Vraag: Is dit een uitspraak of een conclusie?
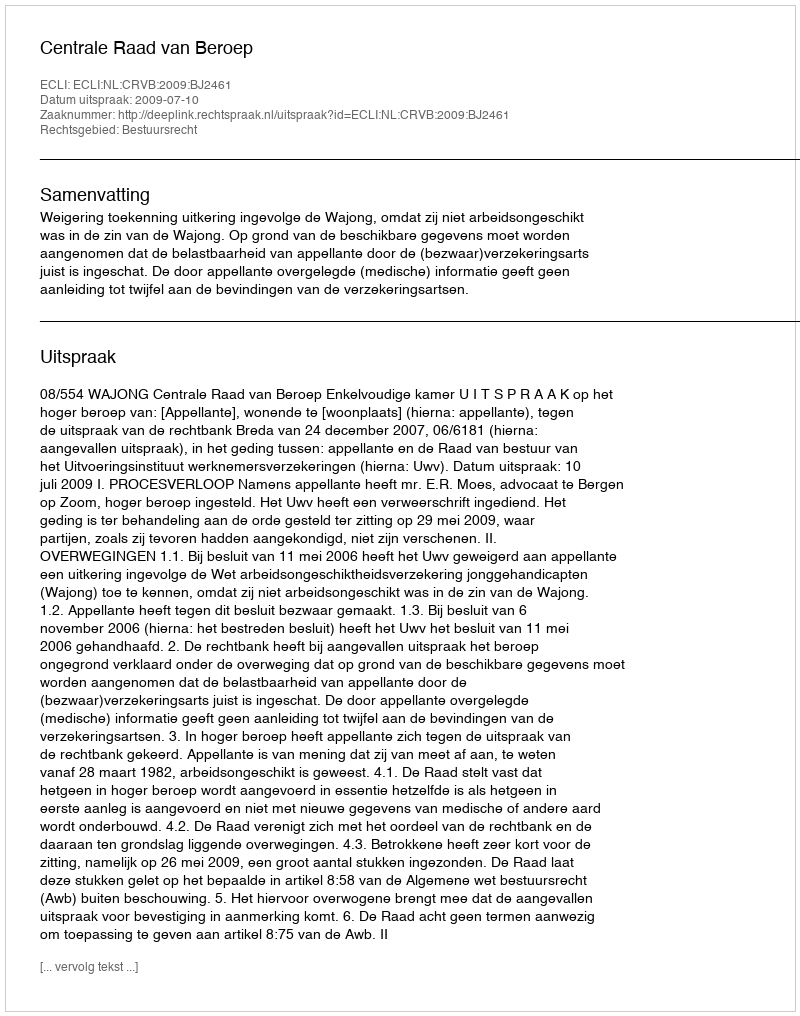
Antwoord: Uitspraak